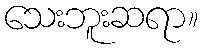
သေးဘူးဆရာ။